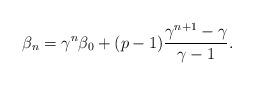
LaTeX: \begin{align*}\beta_n = \gamma^n \beta_0 + (p-1)\frac{\gamma^{n+1} - \gamma}{\gamma -1}.\end{align*}